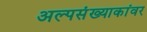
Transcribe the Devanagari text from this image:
अल्पसंख्याकांवर